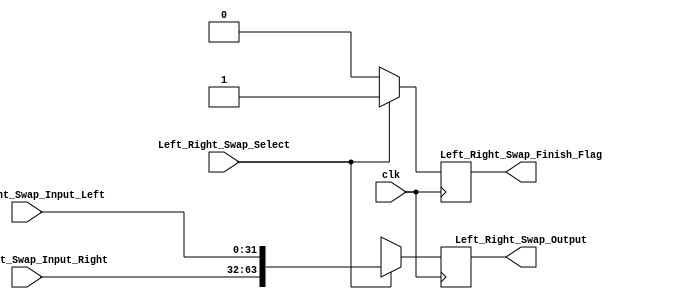
module Left_Right_Swap(
	Left_Right_Swap_Input_Left,
	Left_Right_Swap_Input_Right,
	Left_Right_Swap_Select,
	Left_Right_Swap_Output,
	Left_Right_Swap_Finish_Flag,
	clk
);

	//input
	input [32:1] Left_Right_Swap_Input_Left;
	input [32:1] Left_Right_Swap_Input_Right;
	input Left_Right_Swap_Select;
	input clk;
	//output
	output [64:1] Left_Right_Swap_Output;
	output Left_Right_Swap_Finish_Flag;
	//internal register
	reg [64:1] Left_Right_Swap;
	reg Left_Right_Swap_Finish;
	
	assign Left_Right_Swap_Output = Left_Right_Swap;
	assign Left_Right_Swap_Finish_Flag = Left_Right_Swap_Finish;
	
	always@(posedge clk) begin
		if(Left_Right_Swap_Select) begin
			Left_Right_Swap <= {Left_Right_Swap_Input_Right, Left_Right_Swap_Input_Left};
			Left_Right_Swap_Finish <= 1'b1;
		end
		else begin
			Left_Right_Swap <= 64'bx;
			Left_Right_Swap_Finish <= 1'b0;
		end
	end
endmodule